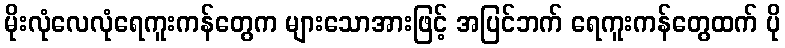
မိုးလုံလေလုံရေကူးကန်တွေက များသောအားဖြင့် အပြင်ဘက် ရေကူးကန်တွေထက် ပို